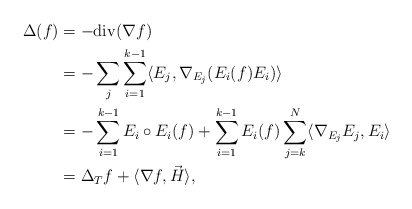
\begin{align*} \Delta(f) &= -\mathrm{div}(\nabla f)\\& =-\sum_j \sum_{i=1}^{k-1} \langle E_j,\nabla_{E_j}( E_i(f) E_i)\rangle\\& =-\sum_{i=1}^{k-1} E_i\circ E_i(f)+\sum_{i=1}^{k-1} E_i(f)\sum_{ j=k}^{N} \langle\nabla_{E_j}E_j,E_i\rangle\\& =\Delta_T f+\langle \nabla f,\vec H\rangle,\end{align*}